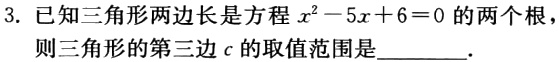
3. 已知三角形两边长是方程$x^{2}-5x + 6 = 0$的两个根，则三角形的第三边$c$的取值范围是________.